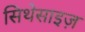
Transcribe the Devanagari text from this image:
सिथेसाइज़